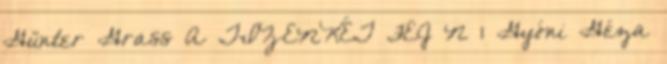
Günter Grass A TIZENKÉT FEJ N 1 Gyóni Géza